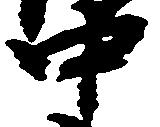
中